NAE_ERA_R-1665_Eesti_Kunstnike_Liit, lk 61
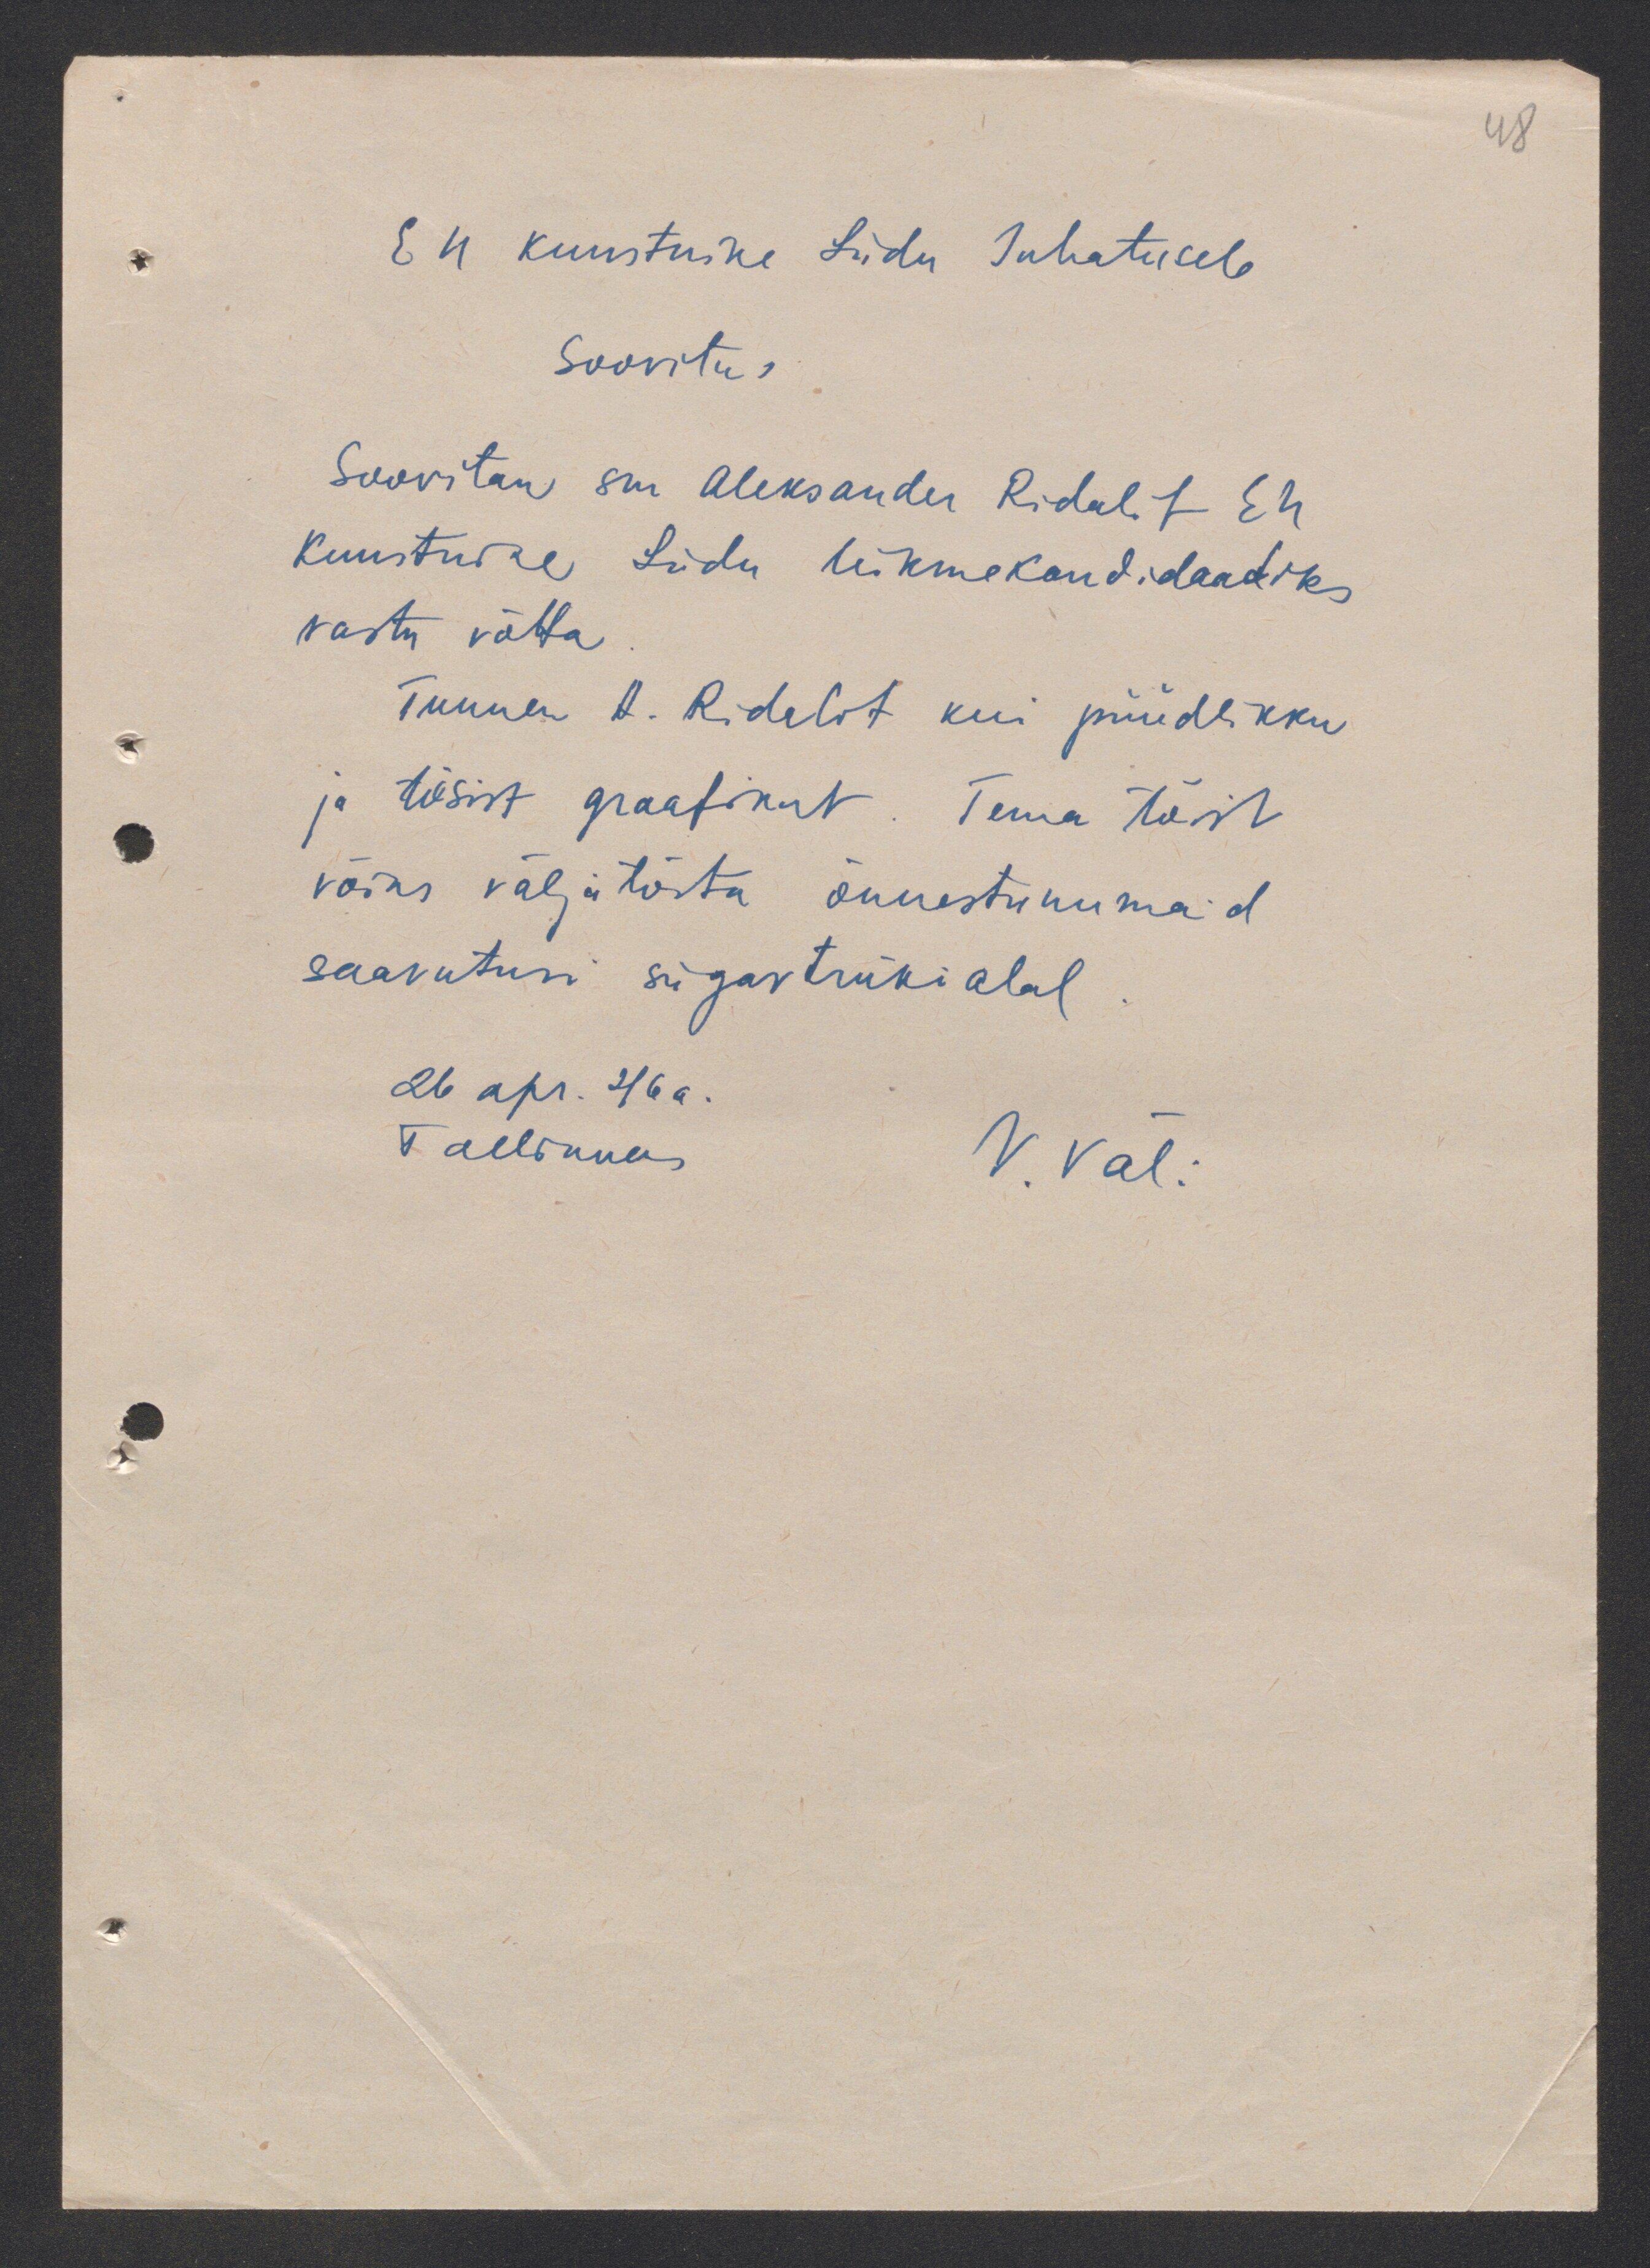
48

E N Kunstnike Liidu Juhatusele
Soovitus
Soovitan sm Aleksander Ridalit EN
Kunstnike Liidu liikmekandidaadiks
vastu võtta.
Tunnen A. Ridalit kui püüdlikku
ja tõsist graafikut. Tema töist
võiks väljatõsta õnnestunumaid
saavutusi sügavtrükialal.
26 apr. 46 a.
Tallinnas V. Väli